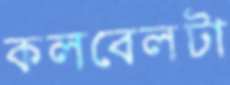
কলবেলটা